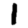
Digit: 1